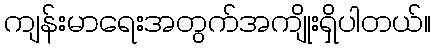
ကျန်းမာရေးအတွက်အကျိုးရှိပါတယ်။